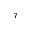
\tau